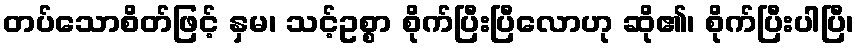
တပ်သောစိတ်ဖြင့် နှမ၊ သင့်ဥစ္စာ စိုက်ပြီးပြီလောဟု ဆို၏၊ စိုက်ပြီးပါပြီ၊